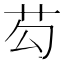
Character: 芶